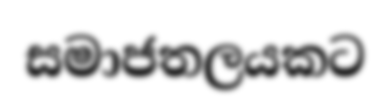
සමාජතලයකට